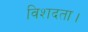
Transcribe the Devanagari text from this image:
विशदता।